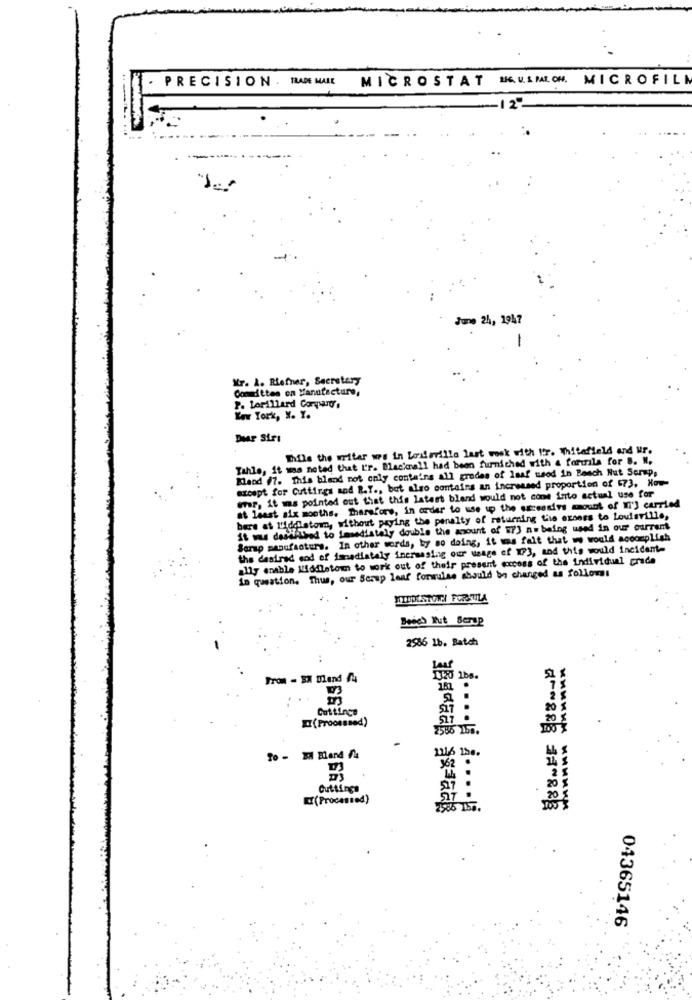
PRECISION . TRADE MALL
MICROSTAT MEUSMIOM. MICROFILM
-12%
June 24, 1947
Xr. A. Riefner, Secretary
Committee on Manufacture,
P. Lorillard Cordaro'.
Ker York, N. Y.
Dear Siri
While the writer we in Loslaville last wook with I'm. Whitefield and Mr.
Tahle, it was noted that I'r. Blackrall had been furnished with a fartila for B. W.
Mand #7. This blend not only contains all grades of Isaf ssod in Bauch Nut Serap,
axespt for Cuttings and R.Y ., but also contains an increased proportion of $73, Now-
er, it ms pointed out that this latest bland would not come into actual use for
at least six months. Therefore, in order to use up the excessive amount of W'] carried
bere at L'iddlatom, without paying the penalty of returning Le exones to Louisville,
it was desdelied to Immediately double the amount of [7] nw being used in our current
Serap manufacturs. In other words, by so doing, it was falt that we would accomplish
the desired end of imediataly inersasing our usage of MP3, and this would incident-
ally enable Middletown to work out of their present excess of the individual grade
in question. Thus, our Serup leaf formulas should be changed as follows:
MINDESTOWN FORSULA
Beich Tut Serop
2586 1b. Batch
From - EX Blend /4
Cuttinge
XI(Processed)
To - 2 Bland f
1216 154.
62 .
Cuttings
(Processed)
2508 150.
****** *******
04365146